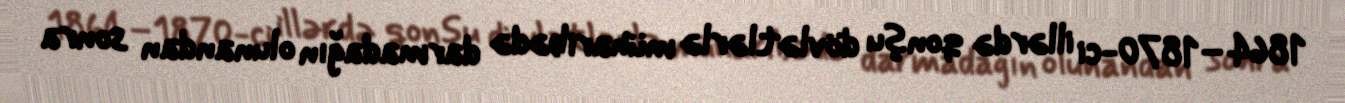
1864–1870-ci illərdə qonşu dövlətlərlə müharibədə darmadağın olunandan sonra